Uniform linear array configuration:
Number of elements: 64
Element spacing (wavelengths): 0.75
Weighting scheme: exponential
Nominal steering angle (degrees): -30
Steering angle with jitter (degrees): -28.746
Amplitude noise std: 0.05
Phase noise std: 0.05

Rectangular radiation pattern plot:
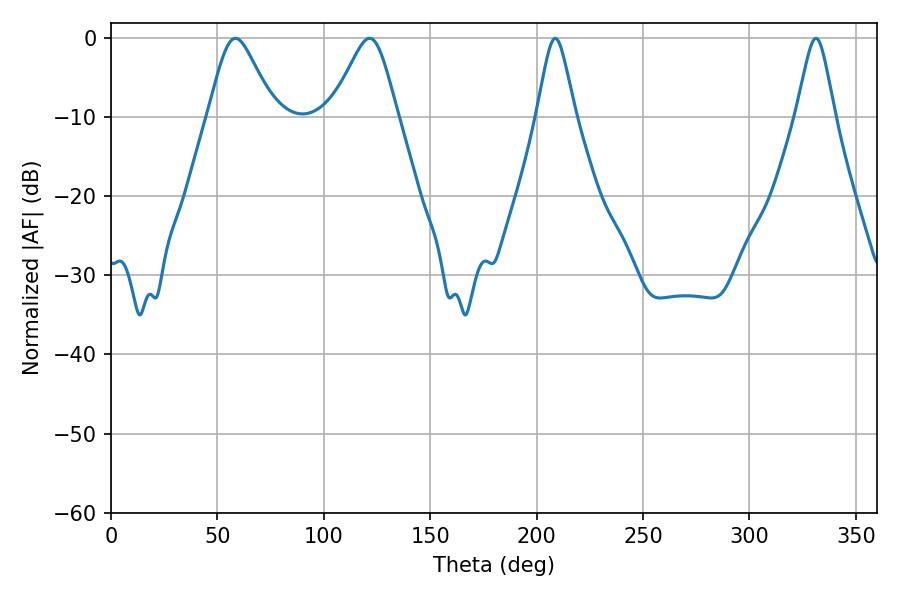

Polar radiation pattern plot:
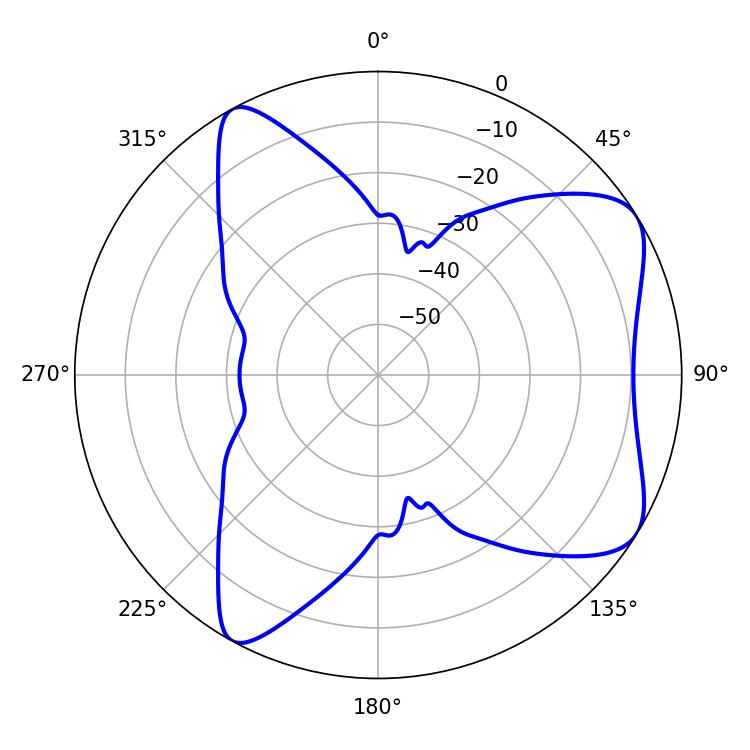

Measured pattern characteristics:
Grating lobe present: TRUE
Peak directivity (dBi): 7.024
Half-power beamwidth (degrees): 14.94
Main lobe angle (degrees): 58.5